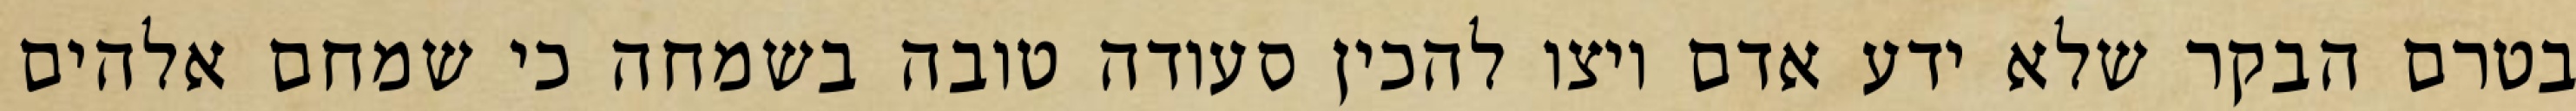
בטרם הבקר שלא ידע אדם ויצו להכין סעודה טובה בשמחה כי שמחם אלהים